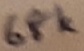
Text: 68K